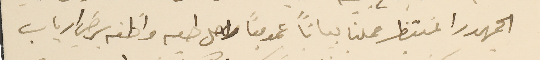
الجمهور المنتظر عملنا بياناً عموميًا لاجل طيه واظنه برضي ارباب